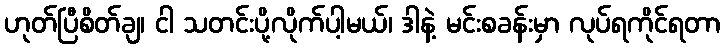
ဟုတ်ပြီစိတ်ချ၊ ငါ သတင်းပို့လိုက်ပါ့မယ်၊ ဒါနဲ့ မင်းစခန်းမှာ လုပ်ရကိုင်ရတာ